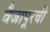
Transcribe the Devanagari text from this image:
वैजापूरची